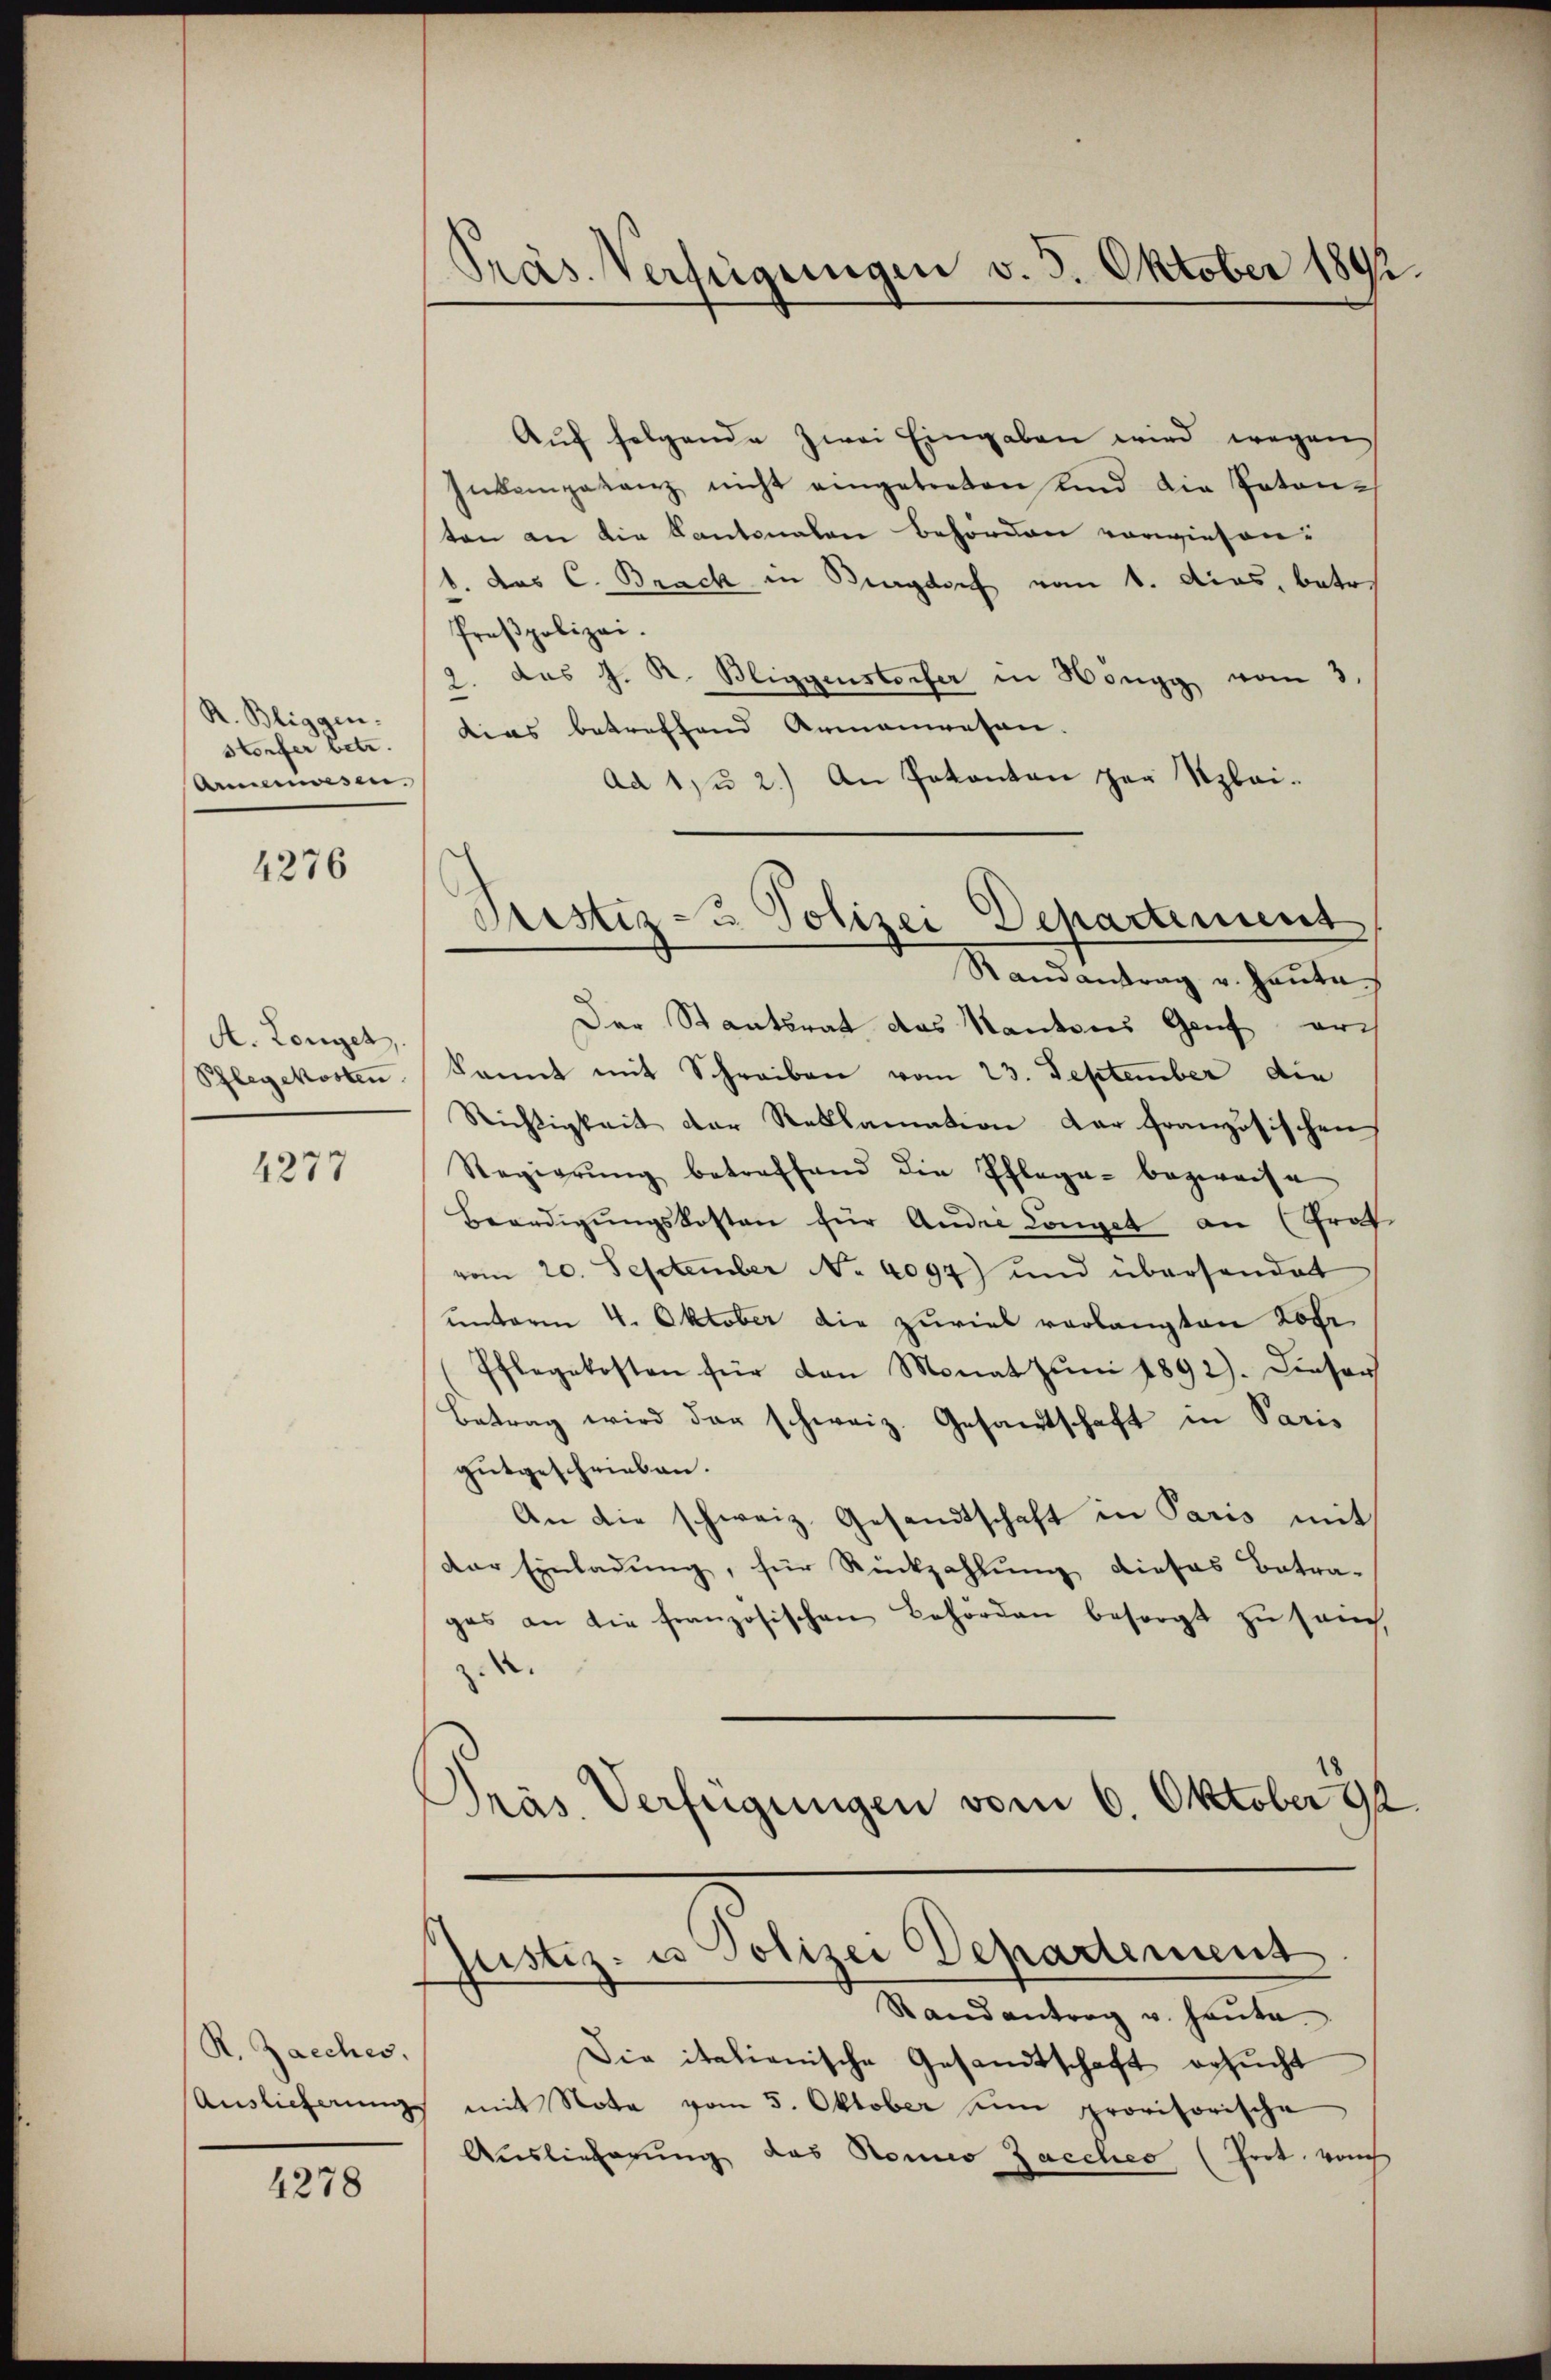
R. Bliggen.
storfer betr.
Armenwesen.

4276

A. Longet
Pflegekosten

1277

. Zacches,
Auslieferung

4278

Präs. Verfügungen v. 5. Oktober 1892.

Aŭf folgende zwei Eingaben wird wegen
Inkompetenz nicht eingetreten und die Paten-
ten an die Kantonalen behörden vorwiesenb. das C. Brack in Bagdorf vom 1. das, betr.
frespolizei.
2. das J. R. Bliggenstorfer in Höngg vom 3.
dias betreffend Armenwesen.
Ad 1) u 2.) An Pakanton zur Klei¬
Der Staatsrat das Kantons Genf er-
kannt mit Schreiben vom 23. September die
Richtigkeit der Reklamation der französischen
Regierŭng betreffend die Pflege bezweife
Beerdigŭngskosten für Andre Longet an (Prot
vom 20. September No. 4097) und übersendet
unterm 4. Oktober die zurick verlangten Lohr
Pflegekosten für den Monat Jŭni 1892). Dieser
Betrag wird der schweiz. Gesandtschaft in Paris
gutgeschrieben.
An die schweiz. Gesandtschaft in Paris mit
der Einladung, für Rückzahlung dieses Betrages an die französischen Behörden besorgt zŭ send,
.
)
Präs. Verfügungen vom 6. Oktober 92

Justiz- u Polizei Departement
Randantrag u. Hauta

Justiz- u Polizei Departement
Randantrag u. heute.

Die italienische Gesandtschaft ersucht
mit Nota vom 5. Oktober eine provisorische
Auslieferung das Senio Zacches (Prot. von